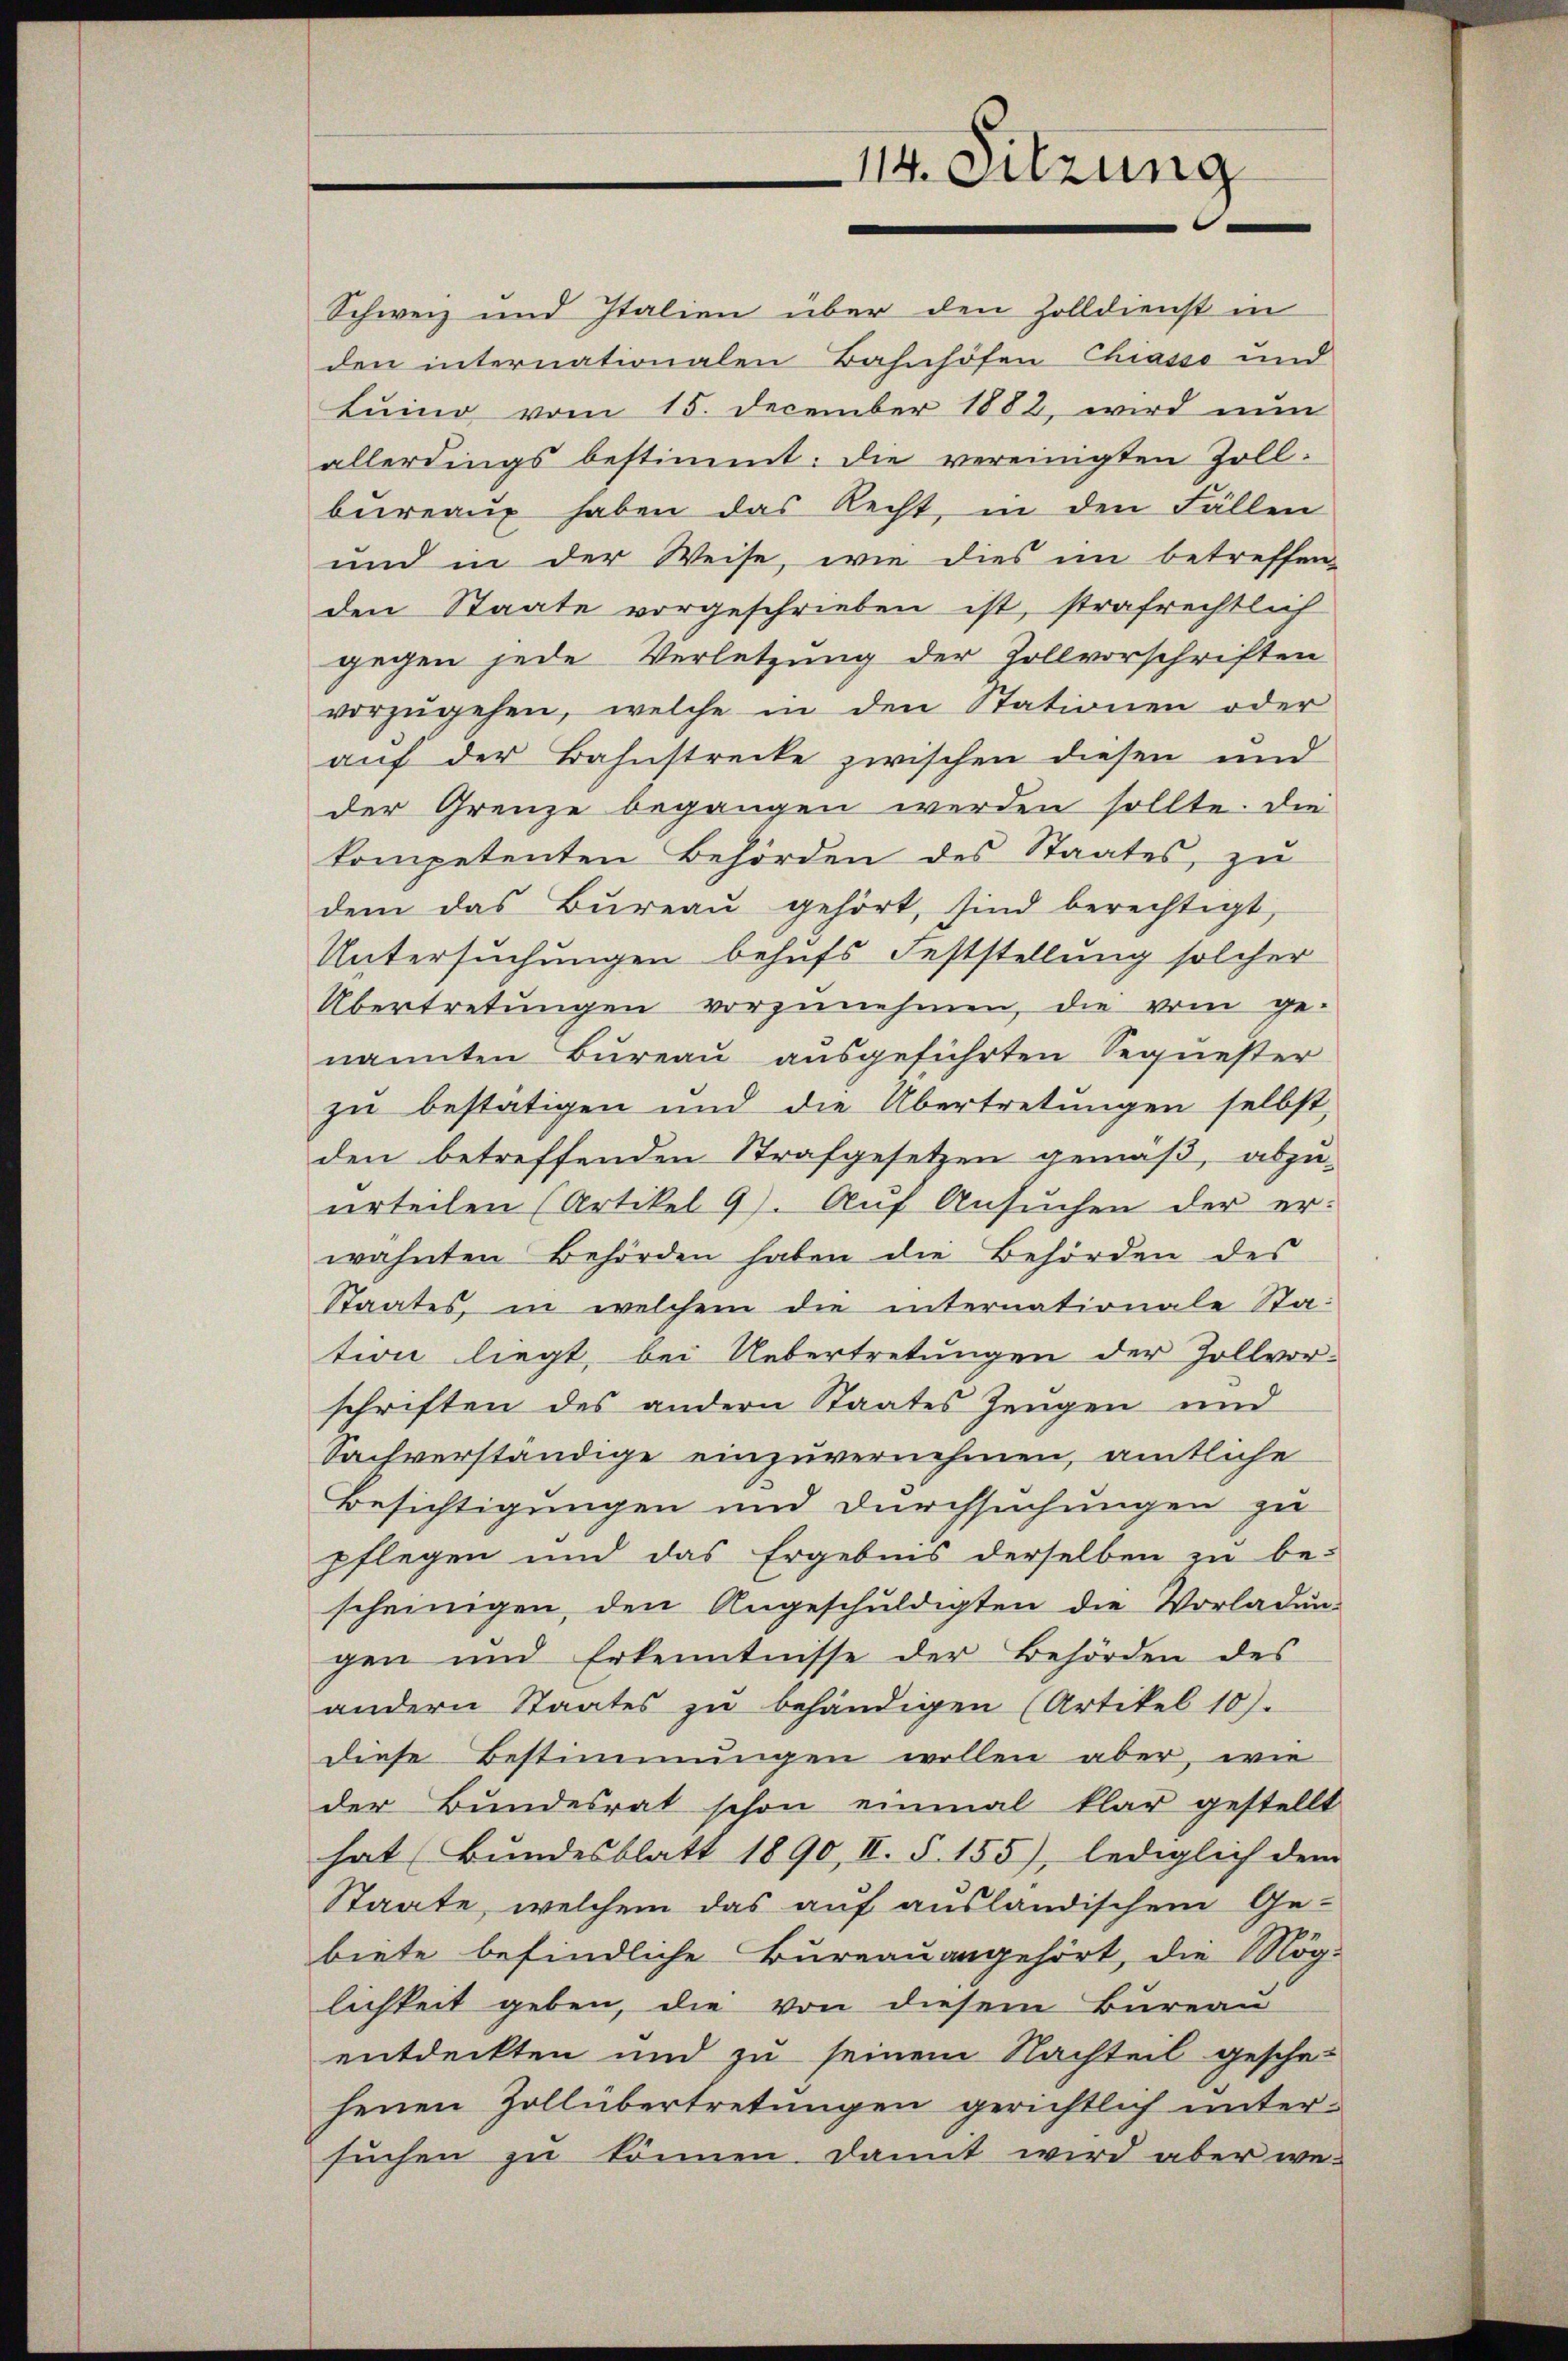
114. Sitzung

Schweiz und Italien über den Zolldienst in
den internationalen Bahnhöfen Chiasso und
Luino vom 15. December 1882, wird nun
allerdings bestimmt: die vereinigten Zoll-
bureaux haben das Recht, in den Fällen
und in der Weise, wie dies im betreffen-
den Staate vorgeschrieben ist, strafrechtlich
gegen jede Verletzung der Zollvorschriften
vorzŭgehen, welche in den Stationen oder
auf der Bahnstrecke zwischen diesen und
der Grenze begangen werden sollte. Die
kompetenten Behörden des Staates, zu
dem das Bureau gehört, sind berechtigt,
Untersuchungen behufs Feststellung solcher
Übertretungen vorzunehmen, die vom ge-
nannten Bureau ausgeführten Sequester
zu bestätigen und die Übertretungen selbst,
den betreffenden Strafgesetzen gemäß, abzu-
urteilen (Artikel 9). Auf Ansŭchen der er-
wähnten Behörden haben die Behörden des
Staates, in welchem die internationale Station liegt, bei Uebertretungen der Zollvor-
schriften des andern Staates Zeugen und
Sachverständige einzuvernehmen, amtliche
Besichtigungen und Durchsuchungen zu
pflegen und das Ergebnis derselben zu be-
scheinigen, den Angeschuldigten die Vorladung
gen und Erkenntnisse der Behörden des
andern Staates zu behändigen (Artikel 10).
diese Bestimmungen wollen aber, wie
der Bundesrat schon einmal klar gestellt
hat (Bundesblatt 1890, II. §. 155), lediglich dem
Staate, welchem das auf ausländischem Ge-
biete befindliche Bureau angehört, die Mög-
lichkeit geben, die von diesem Bureau
entdeckten und zu seinem Nachteil gesche-
henen Zollübertretungen gerichtlich untersuchen zu können. Damit wird aber we¬